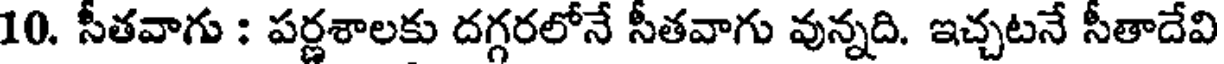
10. సీతవాగు : పర్ణశాలకు దగ్గరలోనే సీతవాగు వున్నది. ఇచ్చటనే సీతాదేవి